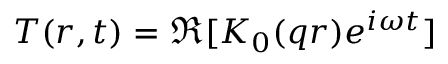
T ( r , t ) = \Re { [ K _ { 0 } ( q r ) e ^ { i \omega t } ] }